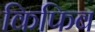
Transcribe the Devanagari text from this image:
किफिब